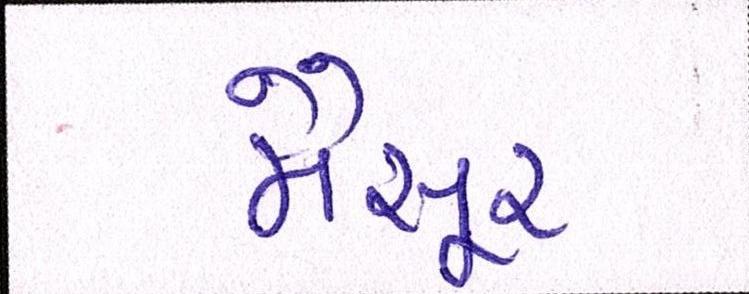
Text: મૈસૂર